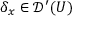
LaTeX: \delta _ { x } \in { \mathcal { D } } ^ { \prime } ( U )